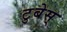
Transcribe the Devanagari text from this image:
टुबेस्